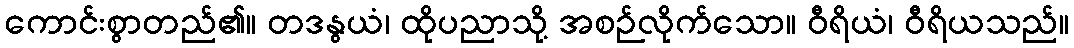
ကောင်းစွာတည်၏။ တဒနွယံ၊ ထိုပညာသို့ အစဉ်လိုက်သော။ ဝီရိယံ၊ ဝီရိယသည်။